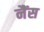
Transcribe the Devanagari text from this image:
नैंस